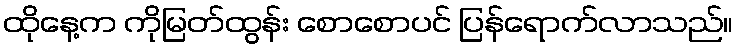
ထိုနေ့က ကိုမြတ်ထွန်း စောစောပင် ပြန်ရောက်လာသည်။